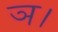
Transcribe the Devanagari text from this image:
ञ।